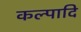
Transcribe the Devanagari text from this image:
कल्पादि